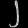
Digit: ၂